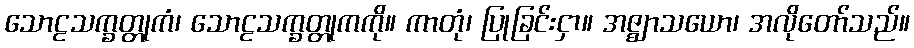
သောဠသက္ခတ္တုကံ၊ သောဠသက္ခတ္တုကကို။ ကာတုံ၊ ပြုခြင်းငှာ။ အဇ္ဈာသယော၊ အလိုတော်သည်။